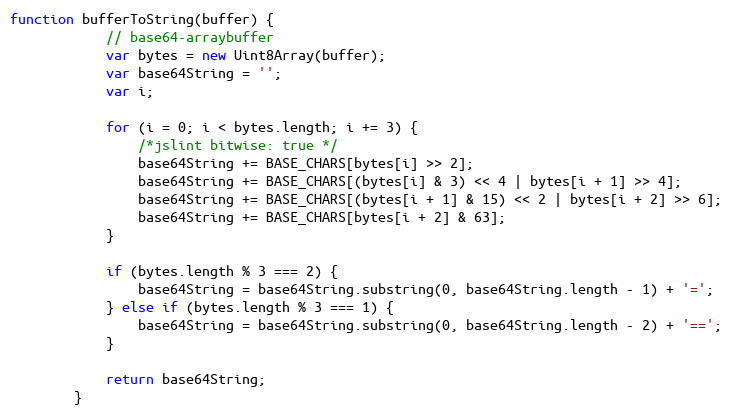
Language: JavaScript
function bufferToString(buffer) {
	        // base64-arraybuffer
	        var bytes = new Uint8Array(buffer);
	        var base64String = '';
	        var i;

	        for (i = 0; i < bytes.length; i += 3) {
	            /*jslint bitwise: true */
	            base64String += BASE_CHARS[bytes[i] >> 2];
	            base64String += BASE_CHARS[(bytes[i] & 3) << 4 | bytes[i + 1] >> 4];
	            base64String += BASE_CHARS[(bytes[i + 1] & 15) << 2 | bytes[i + 2] >> 6];
	            base64String += BASE_CHARS[bytes[i + 2] & 63];
	        }

	        if (bytes.length % 3 === 2) {
	            base64String = base64String.substring(0, base64String.length - 1) + '=';
	        } else if (bytes.length % 3 === 1) {
	            base64String = base64String.substring(0, base64String.length - 2) + '==';
	        }

	        return base64String;
	    }